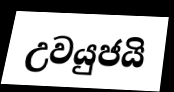
උවයුජයි